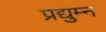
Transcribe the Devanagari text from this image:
प्रद्युम्‍न